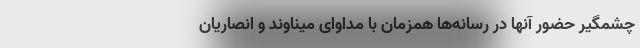
چشمگیر حضور آنها در رسانه‌ها همزمان با مداوای میناوند و انصاریان